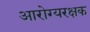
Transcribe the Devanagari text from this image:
आरोग्यरक्षक